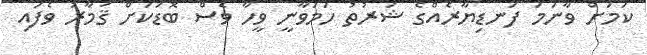
ކަމަށް ވާނަމަ ފަނޑިޔާރެއްގެ ޝަރުތު ހަމަވާނީ ވީހާ ވެސް ބޮޑަކަށް ޤަމާރު ވެފައި